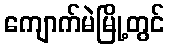
ကျောက်မဲမြို့တွင်